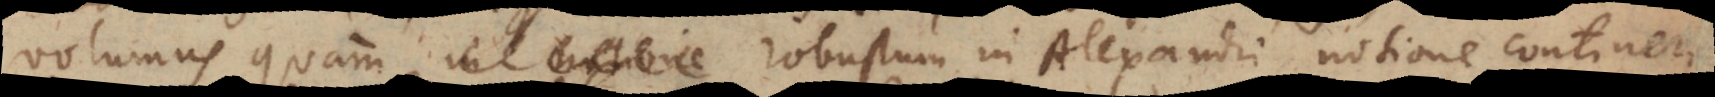
volumus quam robustum in Alexandri notione contin